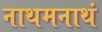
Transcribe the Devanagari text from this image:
नाथमनाथं